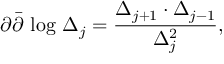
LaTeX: \partial \bar { \partial } \mathrm { ~ l o g ~ } \Delta _ { j } = \frac { \Delta _ { j + 1 } \cdot \Delta _ { j - 1 } } { \Delta _ { j } ^ { 2 } } ,